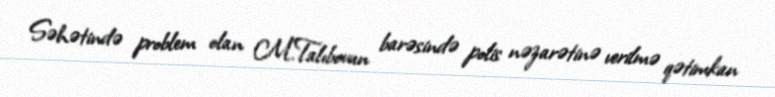
Səhətində problem olan M.Talıbovun barəsində polis nəzarətinə verilmə qətimkan